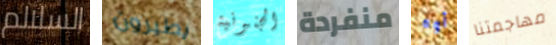
السلالم يطيرون الجنونية منفردة أوه مهاجمتنا